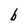
Character: b